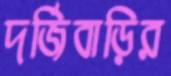
দর্জিবাড়ির